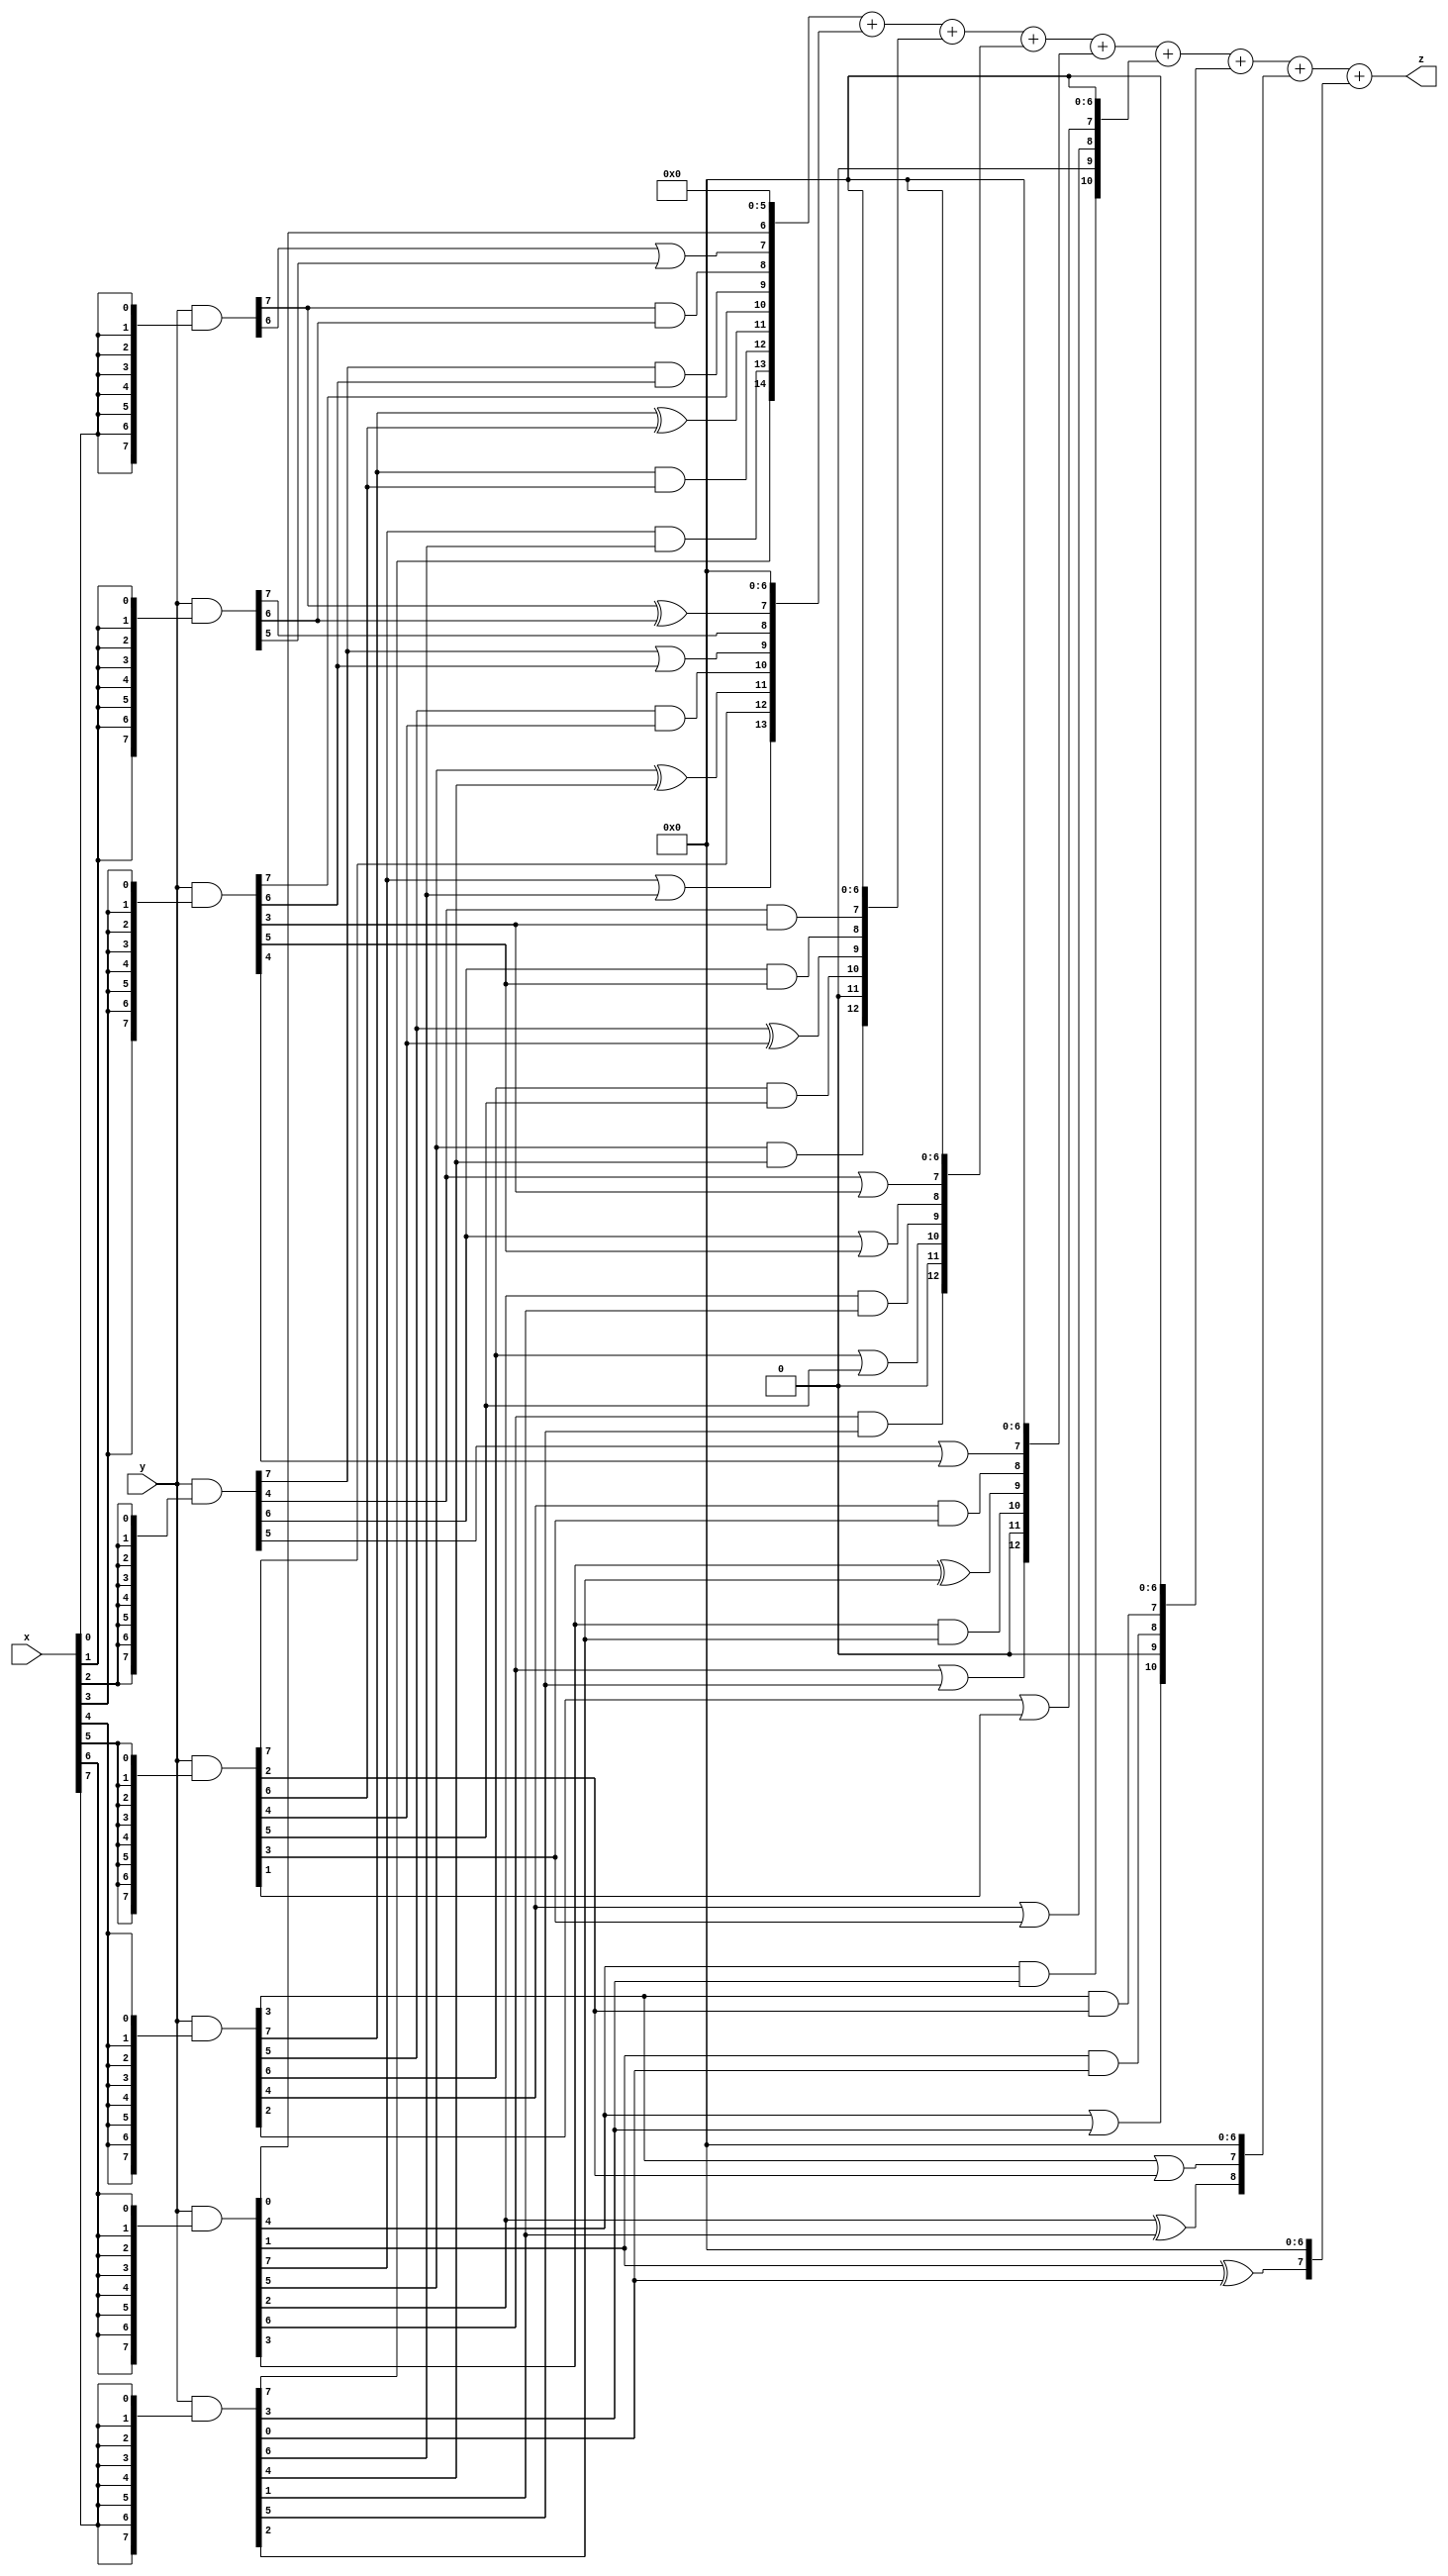
// terms: 40
// fval:  59894.25

module unsigned_8x8_l8_lamb1400_7 (
	input [7:0] x,
	input [7:0] y,
	output [15:0] z
);


wire [7:0] part1 =  y & {8{x[0]}};
wire [7:0] part2 =  y & {8{x[1]}};
wire [7:0] part3 =  y & {8{x[2]}};
wire [7:0] part4 =  y & {8{x[3]}};
wire [7:0] part5 =  y & {8{x[4]}};
wire [7:0] part6 =  y & {8{x[5]}};
wire [7:0] part7 =  y & {8{x[6]}};
wire [7:0] part8 =  y & {8{x[7]}};

wire [14:0] new_part1;
assign new_part1[0] = 0;
assign new_part1[1] = 0;
assign new_part1[2] = 0;
assign new_part1[3] = 0;
assign new_part1[4] = 0;
assign new_part1[5] = 0;
assign new_part1[6] = part7[0];
assign new_part1[7] = part1[6] | part2[5];
assign new_part1[8] = part1[7] & part2[6];
assign new_part1[9] = part3[7] & part4[6];
assign new_part1[10] = part4[7];
assign new_part1[11] = part5[7] ^ part6[6];
assign new_part1[12] = part5[7] & part6[6];
assign new_part1[13] = part7[7] & part8[6];
assign new_part1[14] = part8[7];

wire [13:0] new_part2;
assign new_part2[0] = 0;
assign new_part2[1] = 0;
assign new_part2[2] = 0;
assign new_part2[3] = 0;
assign new_part2[4] = 0;
assign new_part2[5] = 0;
assign new_part2[6] = 0;
assign new_part2[7] = part1[7] ^ part2[6];
assign new_part2[8] = part2[7];
assign new_part2[9] = part3[7] | part4[6];
assign new_part2[10] = part5[5] & part6[4];
assign new_part2[11] = part7[5] ^ part8[4];
assign new_part2[12] = part6[7];
assign new_part2[13] = part7[7] | part8[6];

wire [12:0] new_part3;
assign new_part3[0] = 0;
assign new_part3[1] = 0;
assign new_part3[2] = 0;
assign new_part3[3] = 0;
assign new_part3[4] = 0;
assign new_part3[5] = 0;
assign new_part3[6] = 0;
assign new_part3[7] = part3[4] & part4[3];
assign new_part3[8] = part3[6] & part4[5];
assign new_part3[9] = part5[5] ^ part6[4];
assign new_part3[10] = part5[6] & part6[5];
assign new_part3[11] = 0;
assign new_part3[12] = part7[5] & part8[4];

wire [12:0] new_part4;
assign new_part4[0] = 0;
assign new_part4[1] = 0;
assign new_part4[2] = 0;
assign new_part4[3] = 0;
assign new_part4[4] = 0;
assign new_part4[5] = 0;
assign new_part4[6] = 0;
assign new_part4[7] = part3[4] | part4[3];
assign new_part4[8] = part3[6] | part4[5];
assign new_part4[9] = part7[2] & part8[1];
assign new_part4[10] = part5[6] | part6[5];
assign new_part4[11] = 0;
assign new_part4[12] = part7[6] & part8[5];

wire [12:0] new_part5;
assign new_part5[0] = 0;
assign new_part5[1] = 0;
assign new_part5[2] = 0;
assign new_part5[3] = 0;
assign new_part5[4] = 0;
assign new_part5[5] = 0;
assign new_part5[6] = 0;
assign new_part5[7] = part3[5] | part4[4];
assign new_part5[8] = part5[4] & part6[3];
assign new_part5[9] = part7[3] ^ part8[2];
assign new_part5[10] = part7[3] & part8[2];
assign new_part5[11] = 0;
assign new_part5[12] = part7[6] | part8[5];

wire [10:0] new_part6;
assign new_part6[0] = 0;
assign new_part6[1] = 0;
assign new_part6[2] = 0;
assign new_part6[3] = 0;
assign new_part6[4] = 0;
assign new_part6[5] = 0;
assign new_part6[6] = 0;
assign new_part6[7] = part5[2] | part6[1];
assign new_part6[8] = part5[4] | part6[3];
assign new_part6[9] = 0;
assign new_part6[10] = part7[4] & part8[3];

wire [10:0] new_part7;
assign new_part7[0] = 0;
assign new_part7[1] = 0;
assign new_part7[2] = 0;
assign new_part7[3] = 0;
assign new_part7[4] = 0;
assign new_part7[5] = 0;
assign new_part7[6] = 0;
assign new_part7[7] = part5[3] & part6[2];
assign new_part7[8] = part7[1] & part8[0];
assign new_part7[9] = 0;
assign new_part7[10] = part7[4] | part8[3];

wire [8:0] new_part8;
assign new_part8[0] = 0;
assign new_part8[1] = 0;
assign new_part8[2] = 0;
assign new_part8[3] = 0;
assign new_part8[4] = 0;
assign new_part8[5] = 0;
assign new_part8[6] = 0;
assign new_part8[7] = part5[3] | part6[2];
assign new_part8[8] = part7[2] ^ part8[1];

wire [7:0] new_part9;
assign new_part9[0] = 0;
assign new_part9[1] = 0;
assign new_part9[2] = 0;
assign new_part9[3] = 0;
assign new_part9[4] = 0;
assign new_part9[5] = 0;
assign new_part9[6] = 0;
assign new_part9[7] = part7[1] ^ part8[0];

assign z = new_part1 + new_part2 + new_part3 + new_part4 + new_part5 + new_part6 + new_part7 + new_part8 + new_part9;
endmodule